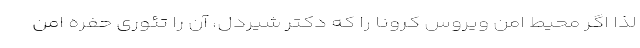
لذا اگر محیط امن ویروس کرونا را که دکتر شیردل، آن را تئوری حفره امن